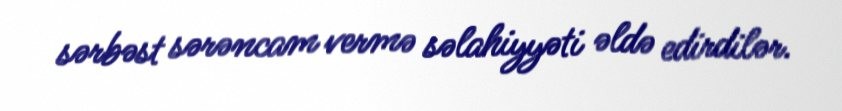
sərbəst sərəncam vermə səlahiyyəti əldə edirdilər.